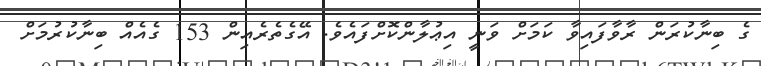
ގެ ބިނާކުރަން ރާވާފައިވާ ކަމަށް ވަނީ އިޢުލާންކޮށްފައެވެ. އޭގެތެރެއިން 153 ގެއެއް ބިނާކުރުމަށް